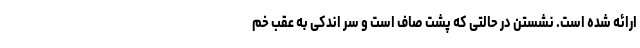
ارائه شده است. نشستن در حالتی که پشت صاف است و سر اندکی به عقب خم